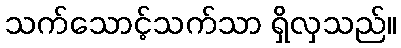
သက်သောင့်သက်သာ ရှိလှသည်။